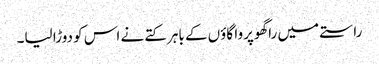
راستے میں راگھوپروا گاؤں کے باہر کتے نے اس کو دوڑا لیا۔